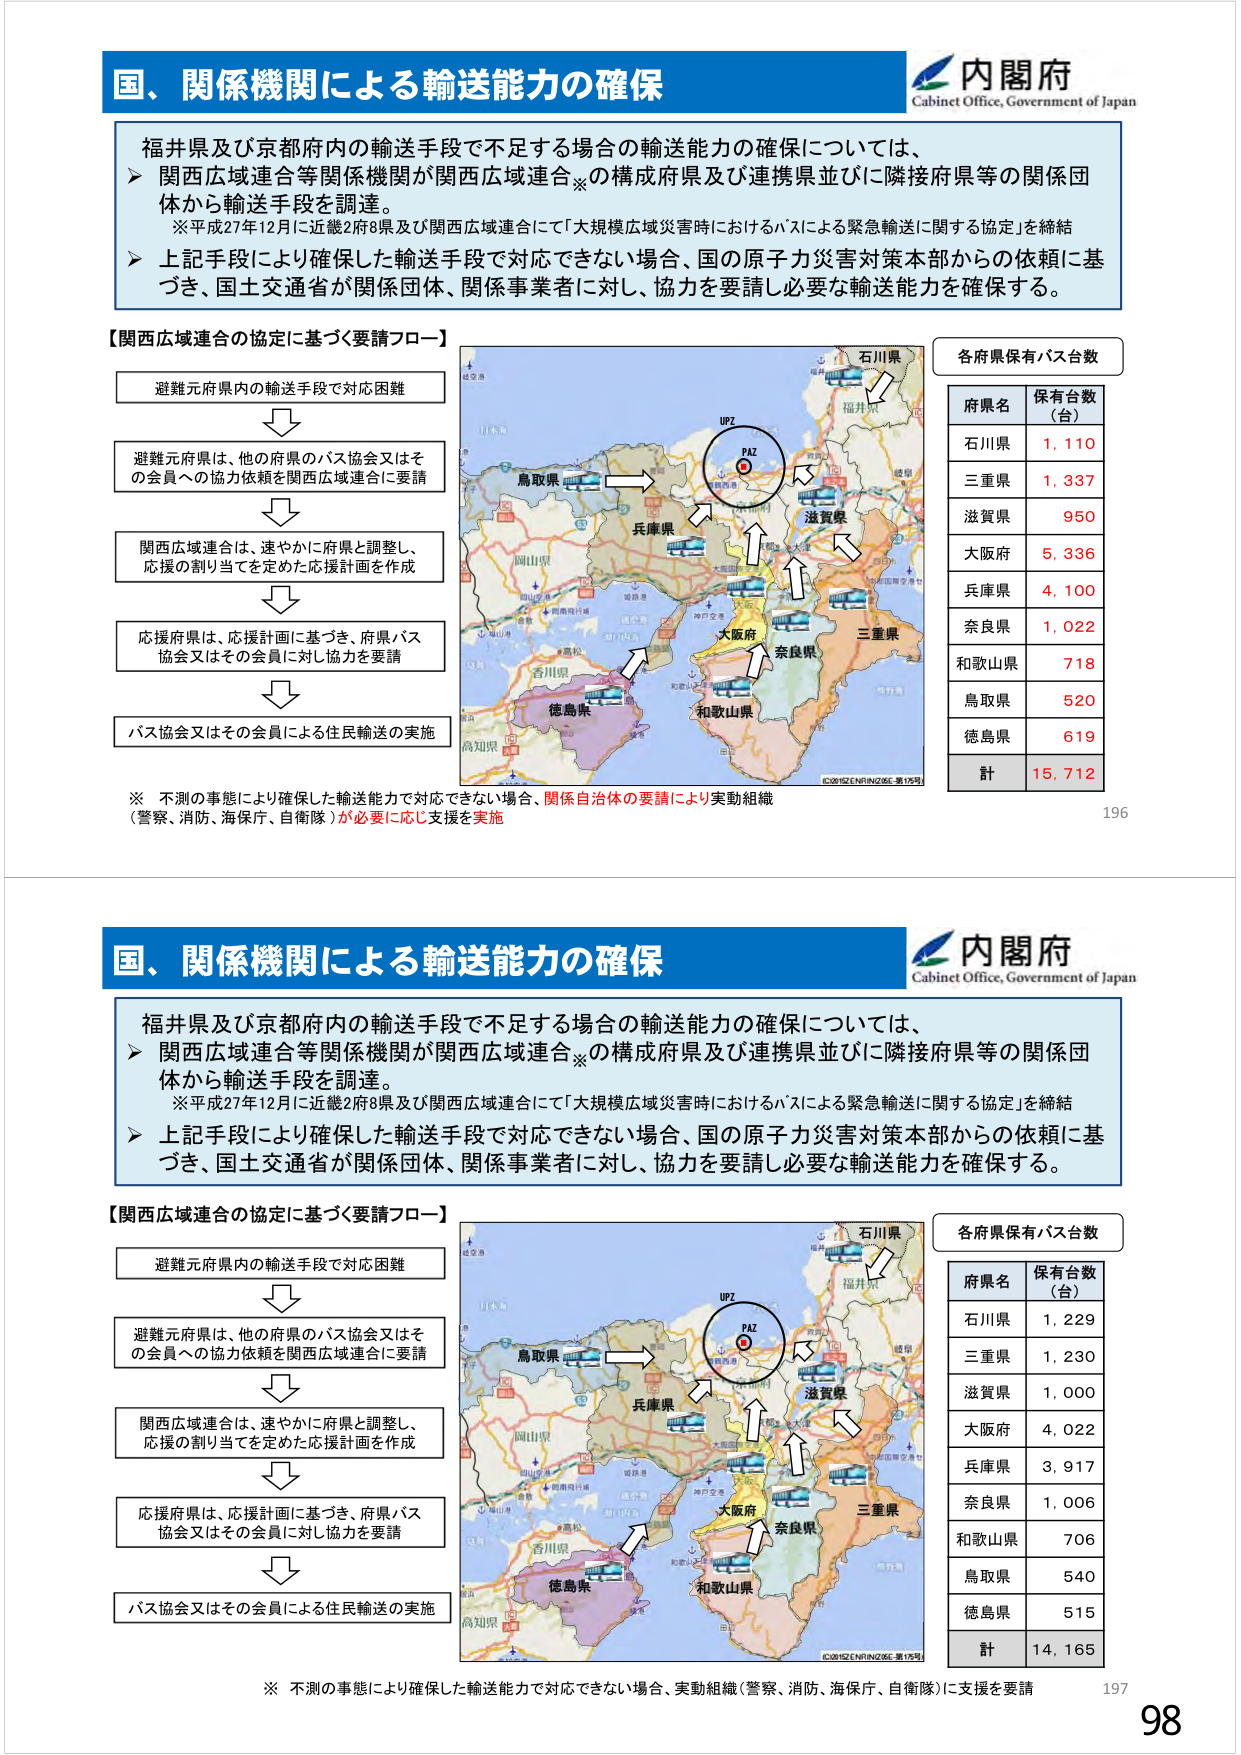
国、関係機関による輸送能力の確保
内閣府
Cabinet Office, Government of Japan

福井県及び京都府内の輸送手段で不足する場合の輸送能力の確保については、
➤ 関西広域連合等関係機関が関西広域連合※の構成府県及び連携県並びに隣接府県等の関係団体から輸送手段を調達。
　※平成27年12月に近畿2府8県及び関西広域連合にて「大規模広域災害時におけるバスによる緊急輸送に関する協定」を締結
➤ 上記手段により確保した輸送手段で対応できない場合、国の原子力災害対策本部からの依頼に基づき、国土交通省が関係団体、関係事業者に対し、協力を要請し必要な輸送能力を確保する。

【関西広域連合の協定に基づく要請フロー】
避難元府県内の輸送手段で対応困難
↓
避難元府県は、他の府県のバス協会又はその会員への協力依頼を関西広域連合に要請
↓
関西広域連合は、速やかに府県と調整し、応援の割り当てを定めた応援計画を作成
↓
応援府県は、応援計画に基づき、府県バス協会又はその会員に対し協力を要請
↓
バス協会又はその会員による住民輸送の実施

※ 不測の事態により確保した輸送能力で対応できない場合、関係自治体の要請により実動組織（警察、消防、海保庁、自衛隊）が必要に応じ支援を実施

各府県保有バス台数
府県名　保有台数（台）
石川県　1,110
三重県　1,337
滋賀県　950
大阪府　5,336
兵庫県　4,100
奈良県　1,022
和歌山県　718
鳥取県　520
徳島県　619
計　15,712

196

国、関係機関による輸送能力の確保
内閣府
Cabinet Office, Government of Japan

福井県及び京都府内の輸送手段で不足する場合の輸送能力の確保については、
➤ 関西広域連合等関係機関が関西広域連合※の構成府県及び連携県並びに隣接府県等の関係団体から輸送手段を調達。
　※平成27年12月に近畿2府8県及び関西広域連合にて「大規模広域災害時におけるバスによる緊急輸送に関する協定」を締結
➤ 上記手段により確保した輸送手段で対応できない場合、国の原子力災害対策本部からの依頼に基づき、国土交通省が関係団体、関係事業者に対し、協力を要請し必要な輸送能力を確保する。

【関西広域連合の協定に基づく要請フロー】
避難元府県内の輸送手段で対応困難
↓
避難元府県は、他の府県のバス協会又はその会員への協力依頼を関西広域連合に要請
↓
関西広域連合は、速やかに府県と調整し、応援の割り当てを定めた応援計画を作成
↓
応援府県は、応援計画に基づき、府県バス協会又はその会員に対し協力を要請
↓
バス協会又はその会員による住民輸送の実施

※ 不測の事態により確保した輸送能力で対応できない場合、実動組織（警察、消防、海保庁、自衛隊）に支援を要請

各府県保有バス台数
府県名　保有台数（台）
石川県　1,229
三重県　1,230
滋賀県　1,000
大阪府　4,022
兵庫県　3,917
奈良県　1,006
和歌山県　706
鳥取県　540
徳島県　515
計　14,165

197
98